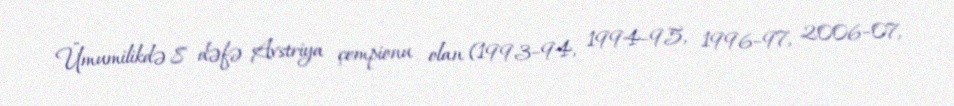
Ümumilikdə 8 dəfə Avstriya çempionu olan (1993–94, 1994–95, 1996–97, 2006–07,